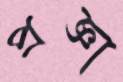
প্রজ্ঞা